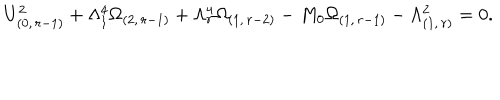
U _ { ( 0 , \, r - 1 ) } ^ { 2 } + \Lambda _ { 1 } ^ { 4 } \Omega _ { ( 2 , \, r - 1 ) } + \Lambda _ { r } ^ { 4 } \Omega _ { ( 1 , \, r - 2 ) } - M _ { 0 } \Omega _ { ( 1 , \, r - 1 ) } - \Lambda _ { ( 1 , \, r ) } ^ { 2 } = 0 .